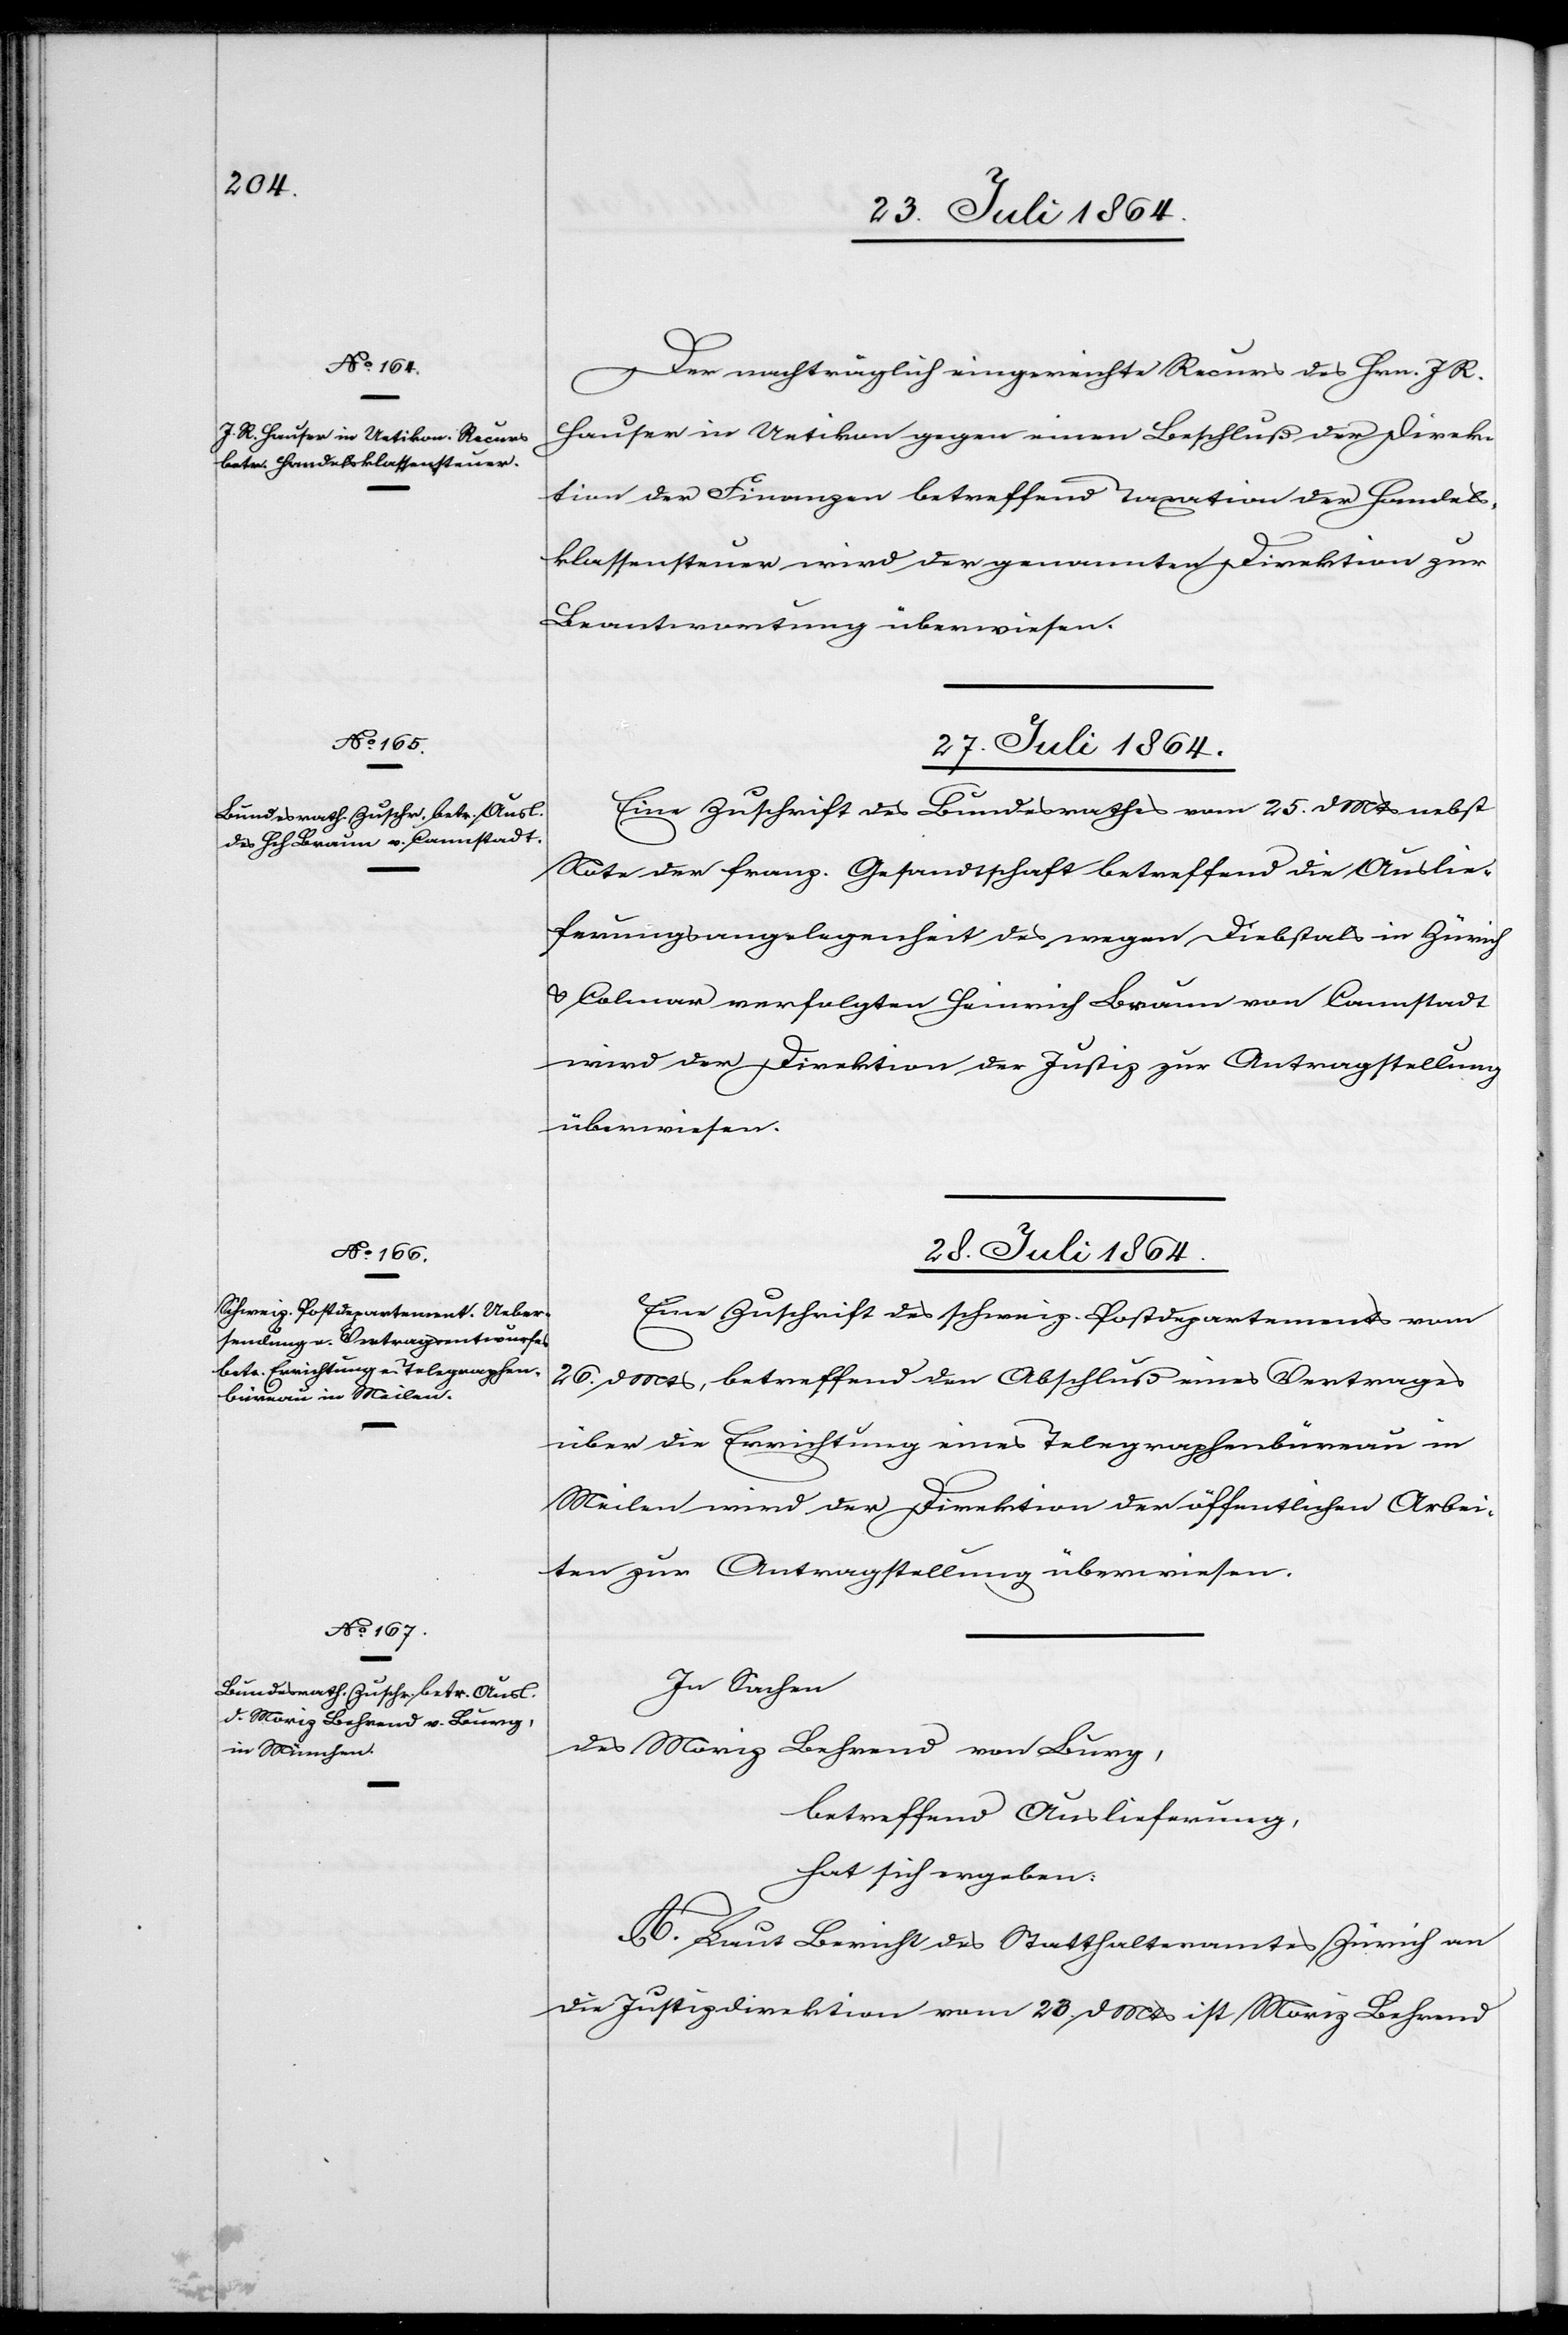
Der nachträglich eingereichte Recurs des Hrn. J. R.
Hauser in Uetikon gegen einen Beschluß der Direk¬
tion der Finanzen betreffend Taxation der Handels¬
klassensteuer wird der genannten Direktion zur
Beantwortung überwiesen.
27. Juli 1864.
Eine Zuschrift des Bundesrathes vom 25. d. Mts. nebst
Note der franz. Gesandtschaft betreffend die Auslie¬
ferungsangelegenheit des wegen Diebstals in Zürich
& Colmar verfolgten Heinrich Braun von Cannstadt
wird der Direktion der Justiz zur Antragstellung
überwiesen.
28. Juli 1864.]
Eine Zuschrift des schweiz. Postdepartements vom
26. d. Mts., betreffend den Abschluß eines Vertrages
über die Errichtung eines Telegraphenbüreau in
Meilen wird der Direktion der öffentlichen Arbei¬
ten zur Antragstellung überwiesen.
In Sachen
des Moriz Behrend von Burg
betreffend Auslieferung
hat sich ergeben:
A. Laut Bericht des Statthalteramtes Zürich an
die Justizdirektion vom 23. d. Mts. ist Moriz Behrend